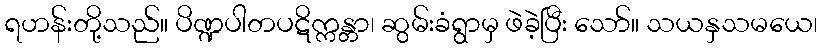
ရဟန်းတို့သည်။ ပိဏ္ဍပါတပဋိက္ကန္တာ၊ ဆွမ်းခံရွာမှ ဖဲခဲ့ပြီး သော်။ သယနှသမယေ၊